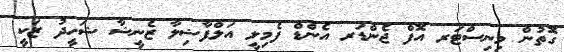
ގޮތުން މިނިސްޓަރ އޮފް ޖެންޑަރ އެންޑް ފެމިލީ އަލްފާޟިލާ ޒެނީޝާ ޝަހީދު ޒަކީ